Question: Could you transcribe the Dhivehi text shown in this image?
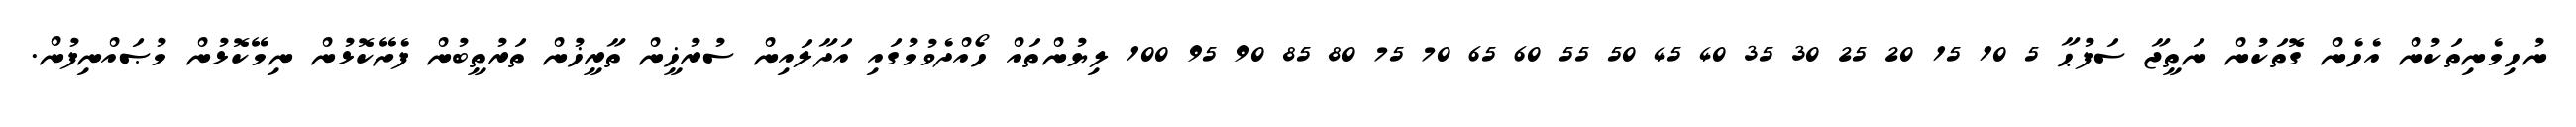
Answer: ނުހިމެނިތަކުން އެހެން ގޮތަކުން ނަތީޖާ ސަފުޙާ 5 10 15 20 25 30 35 40 45 50 55 60 65 70 75 80 85 90 95 100 ލިޔުންތައް ހޯއްދެވުމުގައި އަދާލައިން ސުރުޚީން ތާރީޚުން ތަރުތީބުން ފެށޭކޮޅުން ނިމޭކޮޅުން މުޞައްނިފުން.